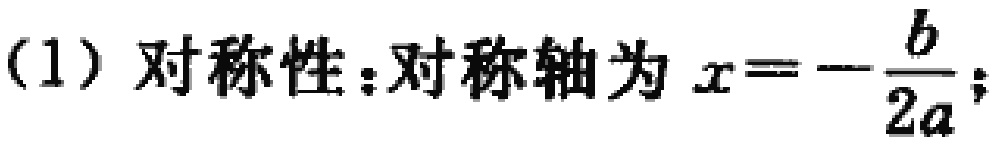
(1) 对称性：对称轴为 \(x = -\frac{b}{2a}\);